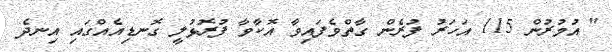
" އުމުރުން 115 އަހަރު ފުރެން ގާތްވެފައިވާ އޮކާވާ ފުރޮޅުލީ ގޮނޑިއެއްގައި އިނދެ